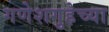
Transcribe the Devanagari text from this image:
गणेशगुहेच्या